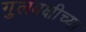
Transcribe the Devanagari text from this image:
गुलबक्षीच्या